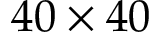
4 0 \times 4 0